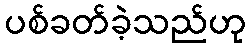
ပစ်ခတ်ခဲ့သည်ဟု